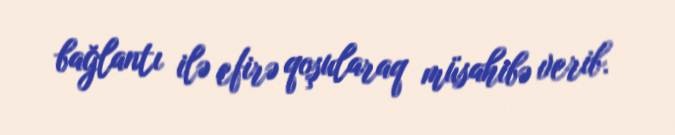
bağlantı ilə efirə qoşularaq müsahibə verib.